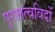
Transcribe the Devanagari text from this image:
पुरातत्‍वविदों